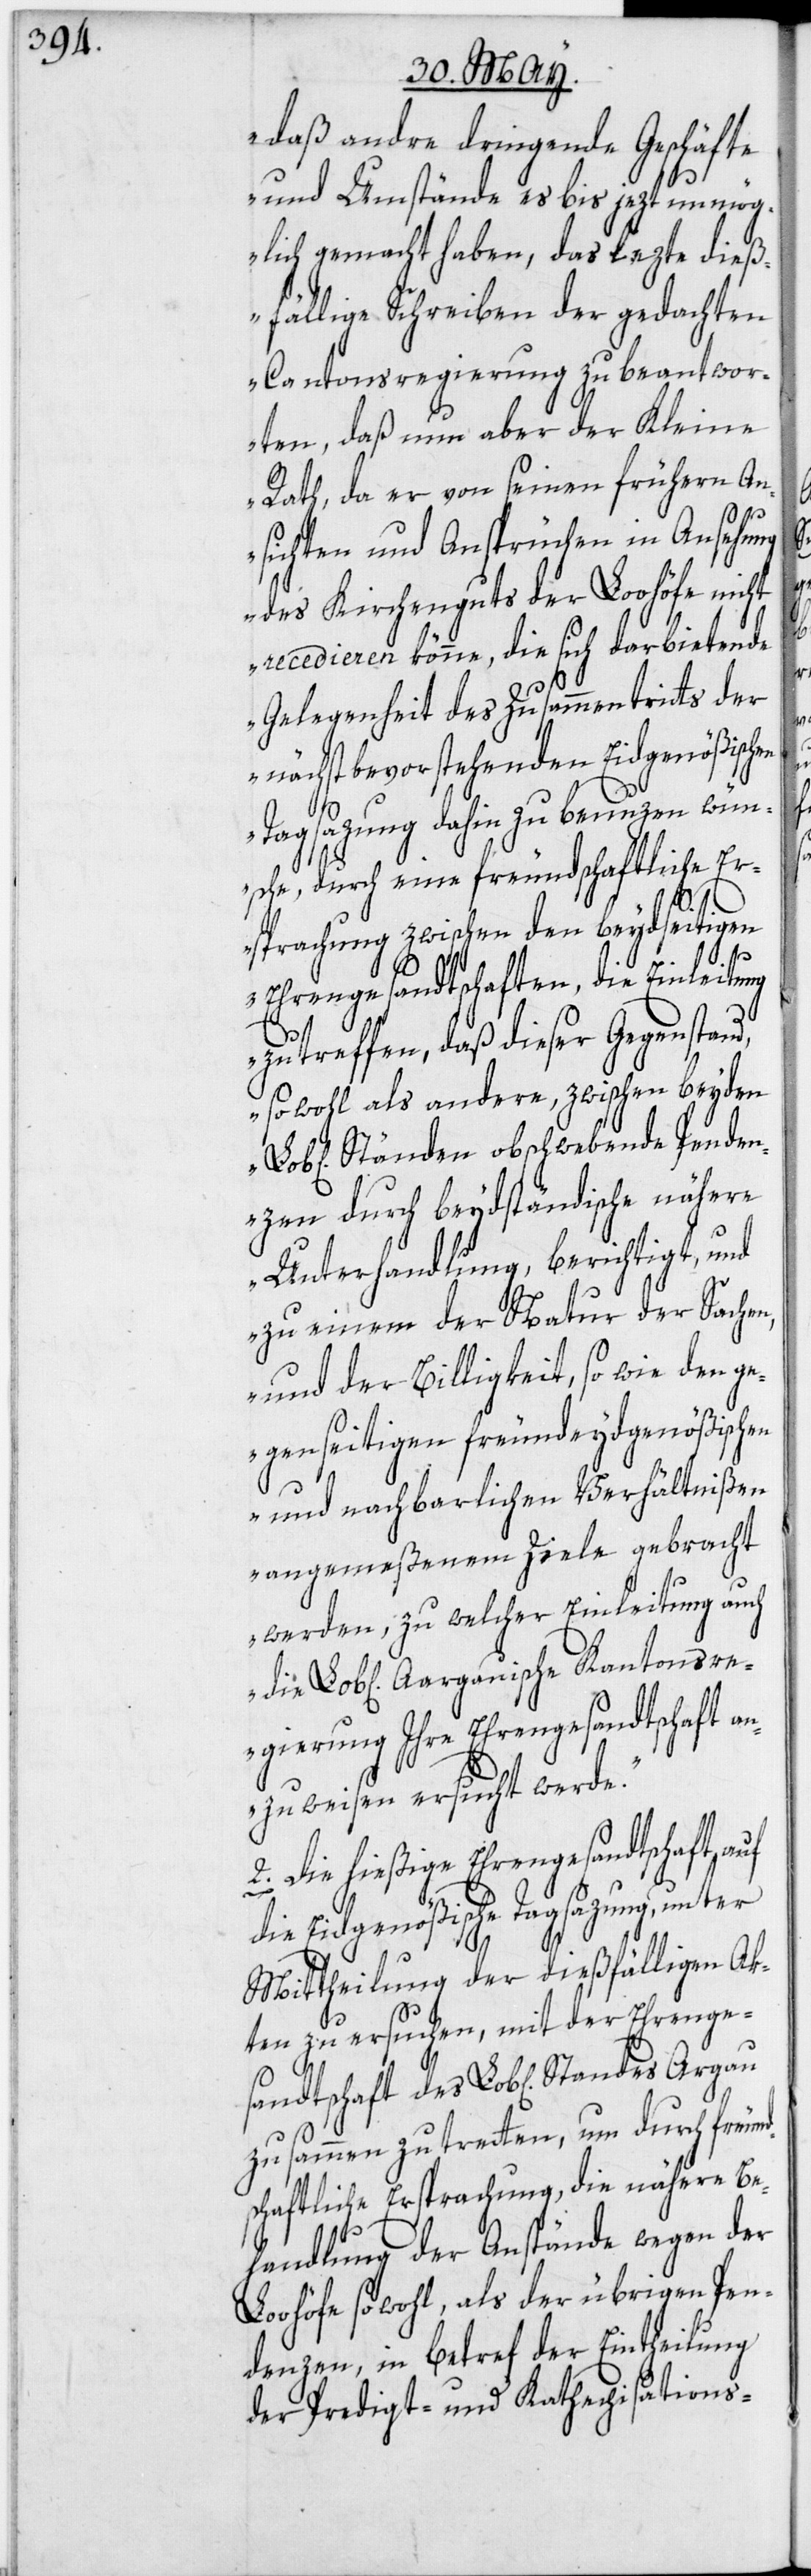
„daß andre dringende Geschäfte
und Umstände es bis jezt unmög¬
lich gemacht haben, das lezte dieß¬
fällige Schreiben der gedachten
Cantonsregierung zu beantwor¬
ten, daß nun aber der Kleine
Rath, da er von seinen frühern An¬
sichten und Ansprüchen in Ansehung
des Kirchenguts der Loohöfe nicht
recedieren könne, die sich darbietende
Gelegenheit des Zusammentritts der
nächstbevorstehenden Eidgenößischen
Tagsazung dahin zu benuzen wün¬
sche, durch eine freundschaftliche Er¬
d¬
haft
sprachung zwischen den beydseitigen
des
Ehrengesandtschaften, die Einleitung
zu treffen, daß dieser Gegenstand,
sowohl als andere, zwischen beyden
Ständen obschwebende Penden¬
zen durch beydständische nähere
Unterhandlung, berichtigt, und
zu einem der Natur der Sachen,
und der Billigkeit, so wie den ge¬
genseitigen freundeydgenößischen
und nachbarlichen Verhältnißen
angemeßenem Ziele gebracht
werden, zu welcher Einleitung auch
iche] Aargauische Kantonsr¬
egierung Ihre Ehrengesandtschaft a¬
nzuweisen ersucht werde.“
Lob[lichen] Standes Argau
die Eidgenößische Tagsazung, unter
Mittheilung der dießfälligen Ak¬
ten zu ersuchen, mit der Ehrenge¬
zusammen zu tretten, um durch freun¬
schaftliche Ersprachung, die nähere Be¬
handlung der Anstände wegen der
Loohöfe sowohl, als der übrigen Pen¬
denzen, in betref der Eintheilung
der Predigt- und Kathechisations-